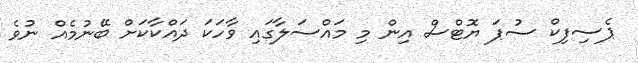
ޕެސިފިކް ސުޕަ ޔޮޓްސް އިން މި މައްސަލާގައި ވާހަކަ ދައްކާކަށް ބޭނުމެއް ނުވެ